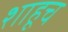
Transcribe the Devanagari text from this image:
शाहूच